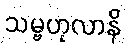
သမ္ဗဟုလာနိ